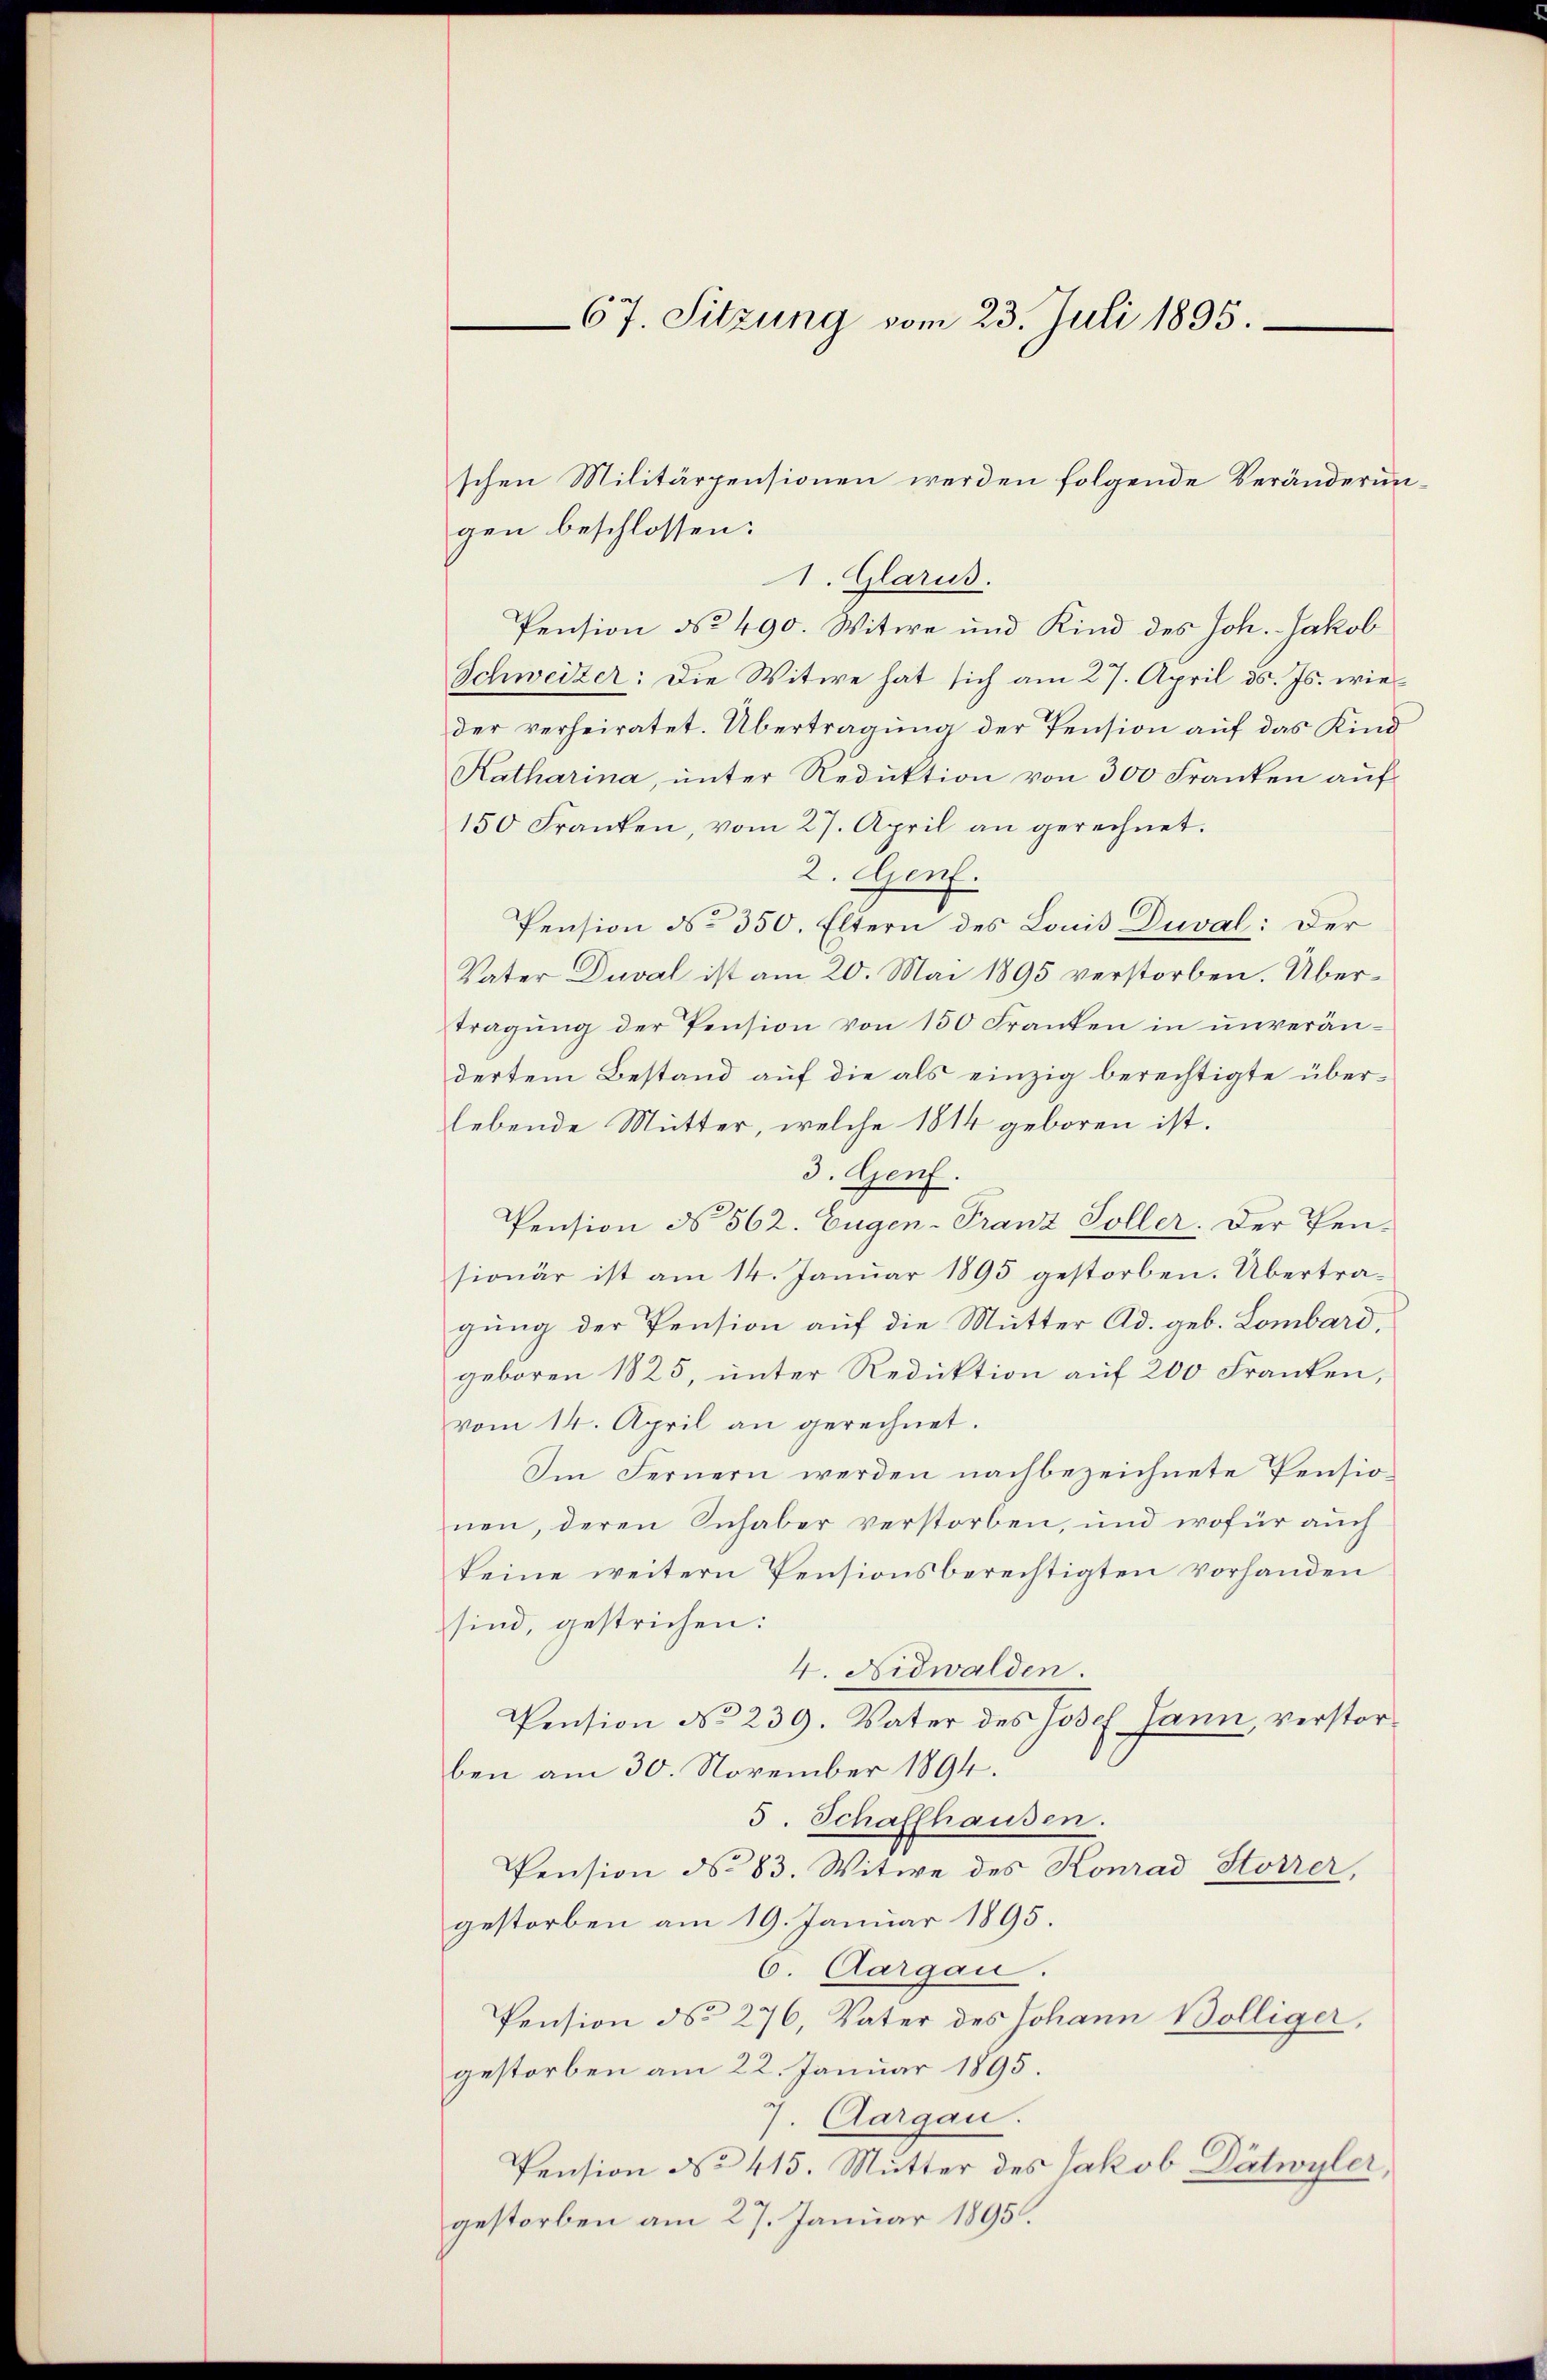
67. Sitzung vom 23. Juli 1895.

schen Militärpensionen werden folgende Veränderungen beschlossen:
1. Glarus.
Pension No 490. Witwe und Kind des Joh. Jakob
Schweizer: Die Witwe hat sich am 27. April d. Js. wieder verheiratet. Übertragung der Pension auf das Kind
Katharina, ŭnter Reduktion von 300 Franken aŭf
150 Franken, vom 27. April an gerechnet.
2. Genf.
Pension No 350. Eltern des Louis Duval: Der
Vater Duval ist am 20. Mai 1895 verstorben. Übertragung der Pension von 150 Franken in unverändertem Bestand auf die als einzig berechtigte überlebende Mutter, welche 1814 geboren ist.
3. Genf.
Pension do 562. Eugen-Franz Soller. Der Pen-
sionär ist am 14. Januar 1895 gestorben. Übertragung der Pension auf die Mutter Ad. geb. Lombard,
geboren 1825, unter Reduktion aŭf 200 Franken,
vom 14. April an gerechnet.
Im Fernern werden nachbezeichnete Pensionen, deren Inhaber verstorben, und wofür auch
keine weitern Pensionsberechtigten vorhanden
sind, gestrichen:
4. Nidwalden.
Pension No 239. Vater des Josef Jann, verstorben am 30. November 1894.
5. Schaffhausen.
Pension No 83. Witwe des Konrad Storrer,
gestorben am 19. Januar 1895.
6. Aargau.
Pension No 276, Vater des Johann Völliger,
gestorben am 22. Januar 1895.
7. Aargau.
Pension No 415. Mutter des Jakob Dätwyler,
gestorben am 27. Januar 1895.